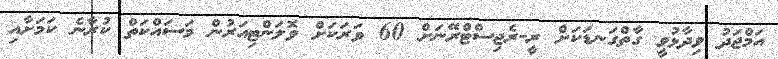
އަމްޖަދު ވިދާޅުވީ ގާތްގަނޑަކަށް ރީ-ރެޖިސްޓްރޭނަށް 60 ވަރަކަށް ވޮލަންޓިއަރުން މަސައްކަތް ކުރާނެ ކަމަށާއި